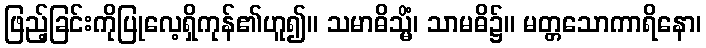
ဖြည့်ခြင်းကိုပြုလေ့ရှိကုန်၏ဟူ၍။ သမာဓိသ္မိံ၊ သာမဓိ၌။ မတ္တသောကာရိနော၊